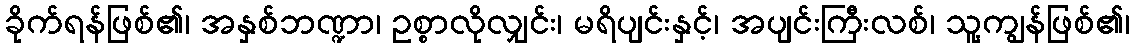
ခိုက်ရန်ဖြစ်၏၊ အနှစ်ဘဏ္ဍာ၊ ဥစ္စာလိုလျှင်း၊ မရိပျင်းနှင့်၊ အပျင်းကြီးလစ်၊ သူ့ကျွန်ဖြစ်၏၊